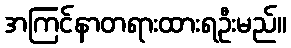
အကြင်နာတရားထားရဦးမည်။